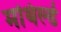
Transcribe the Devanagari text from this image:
मथिल्डे